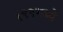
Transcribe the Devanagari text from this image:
१९९मध्ये